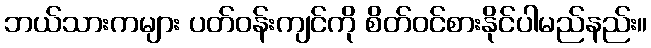
ဘယ်သားကများ ပတ်ဝန်းကျင်ကို စိတ်ဝင်စားနိုင်ပါမည်နည်း။